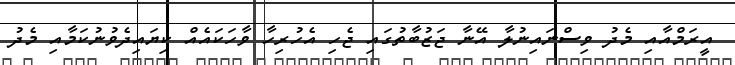
އީރަމްއާއި މެދު ވިސްނައިނުލާ އޭނާ ޖަޒުބާތުގައި ޖެހި އެހުރިހާ ވާހަކައެއް ކިޔައިދެވުނުކަމާއި މެދު